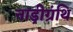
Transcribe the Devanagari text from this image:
नाड़ीग्रंथि